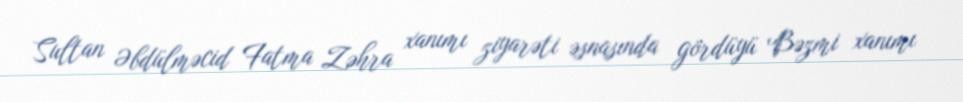
Sultan Əbdülməcid Fatma Zəhra xanımı ziyarəti əsnasında gördüyü Bəzmi xanımı